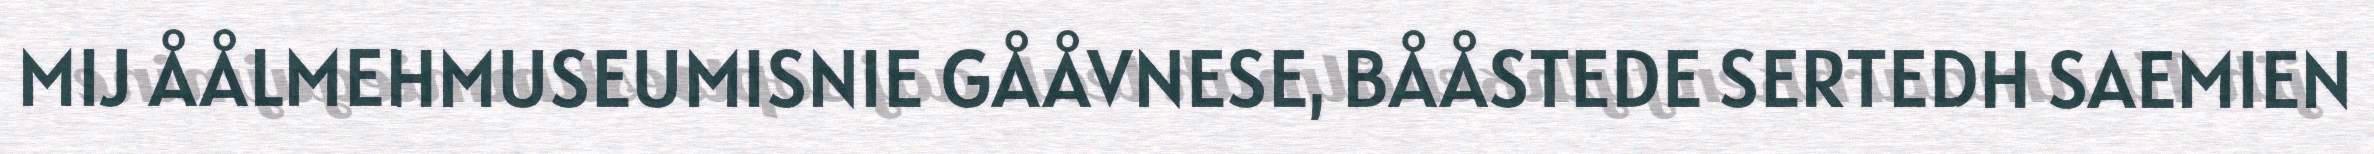
MIJ ÅÅLMEHMUSEUMISNIE GÅÅVNESE, BÅÅSTEDE SERTEDH SAEMIEN